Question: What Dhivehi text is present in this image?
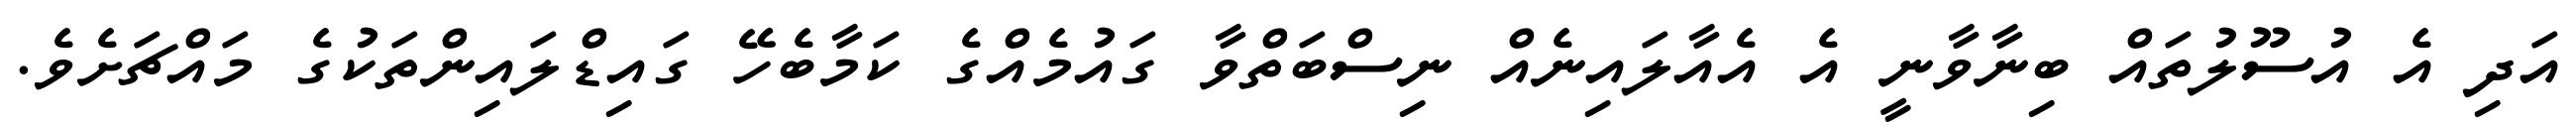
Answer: އަދި އެ އުސޫލުތައް ބިނާވާނީ އެ އެއާލައިނެއް ނިސްބަތްވާ ގައުމެއްގެ ކަމާބެހޭ ގައިޑްލައިންތަކުގެ މައްޗަށެވެ.